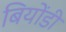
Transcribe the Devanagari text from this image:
बियोंडी